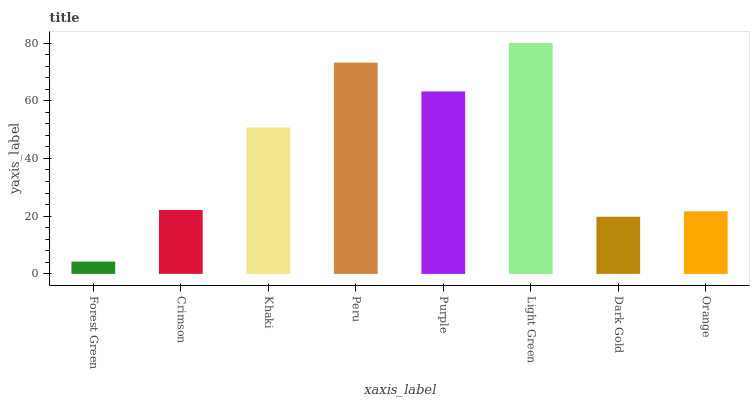
| xaxis_label | bars |
 | --- | --- |
 | Forest Green | 4.26 |
 | Crimson | 22.1 |
 | Khaki | 50.7 |
 | Peru | 73.2 |
 | Purple | 63.2 |
 | Light Green | 80 |
 | Dark Gold | 19.8 |
 | Orange | 21.7 |